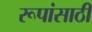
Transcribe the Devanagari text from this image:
रूपांसाठी